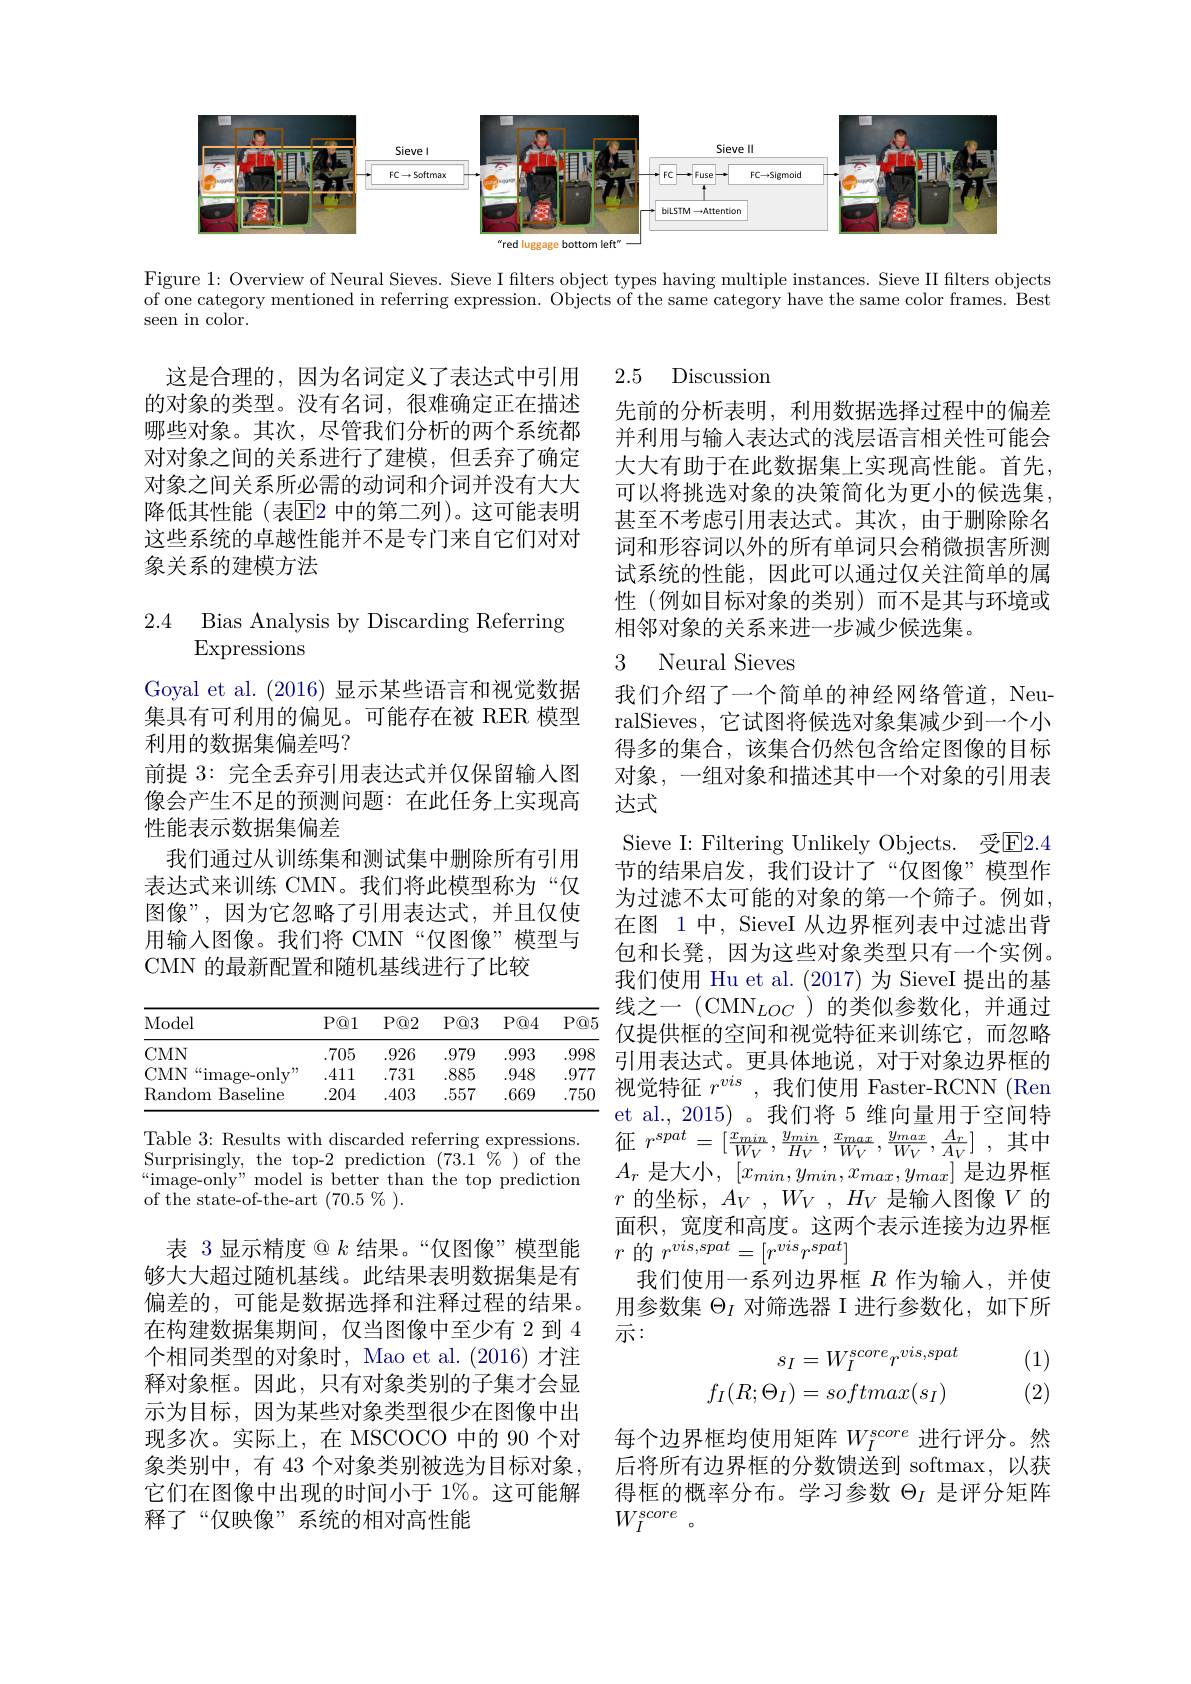
<FigureHere>

Figure 1: Overview of Neural Sieves. Sieve I filters object types having multiple instances. Sieve II filters objects

of one category mentioned in referring expression. Objects of the same category have the same color frames. Best

seen in color.

2.5 Discussion

这是合理的，因为名词定义了表达式中引用的对象的类型。没有名词，很难确定正在描述哪些对象。其次，尽管我们分析的两个系统都对对象之间的关系进行了建模，但丢弃了确定对象之间关系所必需的动词和介词并没有大大降低其性能(表$\overline{\mathrm{E}}$2 中的第二列)。这可能表明这些系统的卓越性能并不是专门来自它们对对象关系的建模方法

先前的分析表明，利用数据选择过程中的偏差并利用与输入表达式的浅层语言相关性可能会大大有助于在此数据集上实现高性能。首先， 可以将挑选对象的决策简化为更小的候选集， 甚至不考虑引用表达式。其次，由于删除除名词和形容词以外的所有单词只会稍微损害所测试系统的性能，因此可以通过仅关注简单的属性(例如目标对象的类别)而不是其与环境或相邻对象的关系来进一步减少候选集。

# 2.4 Bias Analysis by Discarding Referring $\operatorname{Expressions}$

# 3 Neural Sieves

Goyal et al. (2016) 显示某些语言和视觉数据集具有可利用的偏见。可能存在被 RER 模型利用的数据集偏差吗？
前提 3: 完全丢弃引用表达式并仅保留输入图像会产生不足的预测问题：在此任务上实现高性能表示数据集偏差
我们通过从训练集和测试集中删除所有引用表达式来训练 CMN。我们将此模型称为“仅图像”,因为它忽略了引用表达式，并且仅使用输入图像。我们将 CMN“仅图像”模型与CMN 的最新配置和随机基线进行了比较

我们介绍了一个简单的神经网络管道，NeuralSieves, 它试图将候选对象集减少到一个小得多的集合，该集合仍然包含给定图像的目标对象，一组对象和描述其中一个对象的引用表达式
Sieve I: Filtering Unlikely Objects. 受$\boxed{\mathrm{E}}2.4$ 节的结果启发，我们设计了“仅图像”模型作为过滤不太可能的对象的第一个筛子。例如， 在图 1 中，SieveI 从边界框列表中过滤出背包和长凳，因为这些对象类型只有一个实例。我们使用 Hu et al. (2017) 为 SieveI 提出的基线之一 (CMN$_LOC$ )的类似参数化，并通过仅提供框的空间和视觉特征来训练它，而忽略引用表达式。更具体地说，对于对象边界框的视觉特征$r^vis$ ,我们使用 Faster-RCNN (Ren et al., 2015)。我们将 5 维向量用于空间特征 $r^{spat}= \left [ \frac {x_{min}}{W_{V}}, \frac {y_{min}}{H_{V}}, \frac {x_{max}}{W_{V}}, \frac {y_{max}}{W_{V}}, \frac {A_{r}}{A_{V}}\right ]$ ,其中$A_r$是大小，$[ x_min, y_{min}, x_{max}, y_{max}]$是边界框$r$的坐标，$A_V,W_V,H_V$是输入图像$V$的面积，宽度和高度。这两个表示连接为边界框$r$的$r^vis,spat=[r^{vis}r^{spat}]$
我们使用一系列边界框$R$作为输入，并使用参数集$\Theta_I$对筛选器 I 进行参数化，如下所示：
(1)
$$\begin{aligned}s_I&=W_I^{score}r^{vis,spat}\\f_I(R;\Theta_I)&=softmax(s_I)\end{aligned}$$
<table>
	<tbody>
		<tr>
			<th>Model</th>
			<th>$P@1$</th>
			<th>$P@2$</th>
			<th>$P@3$</th>
			<th>$P@4$</th>
			<th>$P@5$</th>
		</tr>
		<tr>
			<td>$CMN$</td>
			<td>.705</td>
			<td>.926</td>
			<td>.979</td>
			<td>.993</td>
			<td>.998</td>
		</tr>
		<tr>
			<td>CMN $\mathrm{image-onlv}^{\mathrm{"}}$</td>
			<td>.411</td>
			<td>.731</td>
			<td>.885</td>
			<td>.948</td>
			<td>.977</td>
		</tr>
		<tr>
			<td>Random Baseline</td>
			<td>.204</td>
			<td>.403</td>
			<td>.557</td>
			<td>.669</td>
			<td>.750</td>
		</tr>
	</tbody>
</table>

Table 3: Results with discarded referring expressions. Surprisingly, the top-2 prediction $(73.\bar{1}^{\begin{array}{c}\%\end{array}})$ of the $“$image-only" model is better than the top prediction of the state-of-the-art $(70.5\%).$

(2)

表 3 显示精度$@k$结果。“仅图像”模型能够大大超过随机基线。此结果表明数据集是有偏差的，可能是数据选择和注释过程的结果。在构建数据集期间，仅当图像中至少有 2 到 4个相同类型的对象时，Mao et al.(2016) 才注释对象框。因此，只有对象类别的子集才会显示为目标，因为某些对象类型很少在图像中出现多次。实际上，在 MSCOCO 中的 90 个对象类别中，有 43 个对象类别被选为目标对象， 它们在图像中出现的时间小于 1%。这可能解释了“仅映像”系统的相对高性能

每个边界框均使用矩阵$W_I^{score}$进行评分。然后将所有边界框的分数馈送到 softmax,以获得框的概率分布。学习参数$\Theta_I$是评分矩阵$W_{I}^{score}$ 。